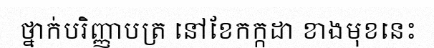
ថ្នាក់បរិញ្ញាបត្រ នៅខែកក្កដា ខាងមុខនេះ